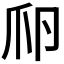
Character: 𤓲